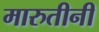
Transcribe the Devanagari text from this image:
मारुतीनी